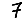
Digit: 7